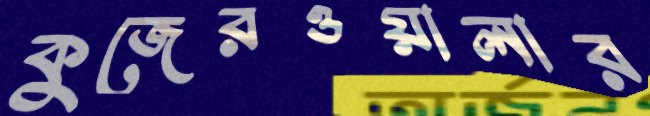
কুজেরওয়ালার